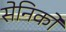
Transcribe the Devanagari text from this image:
सेनिकों